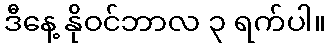
ဒီနေ့ နိုဝင်ဘာလ ၃ ရက်ပါ။